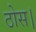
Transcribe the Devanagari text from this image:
ठोस।